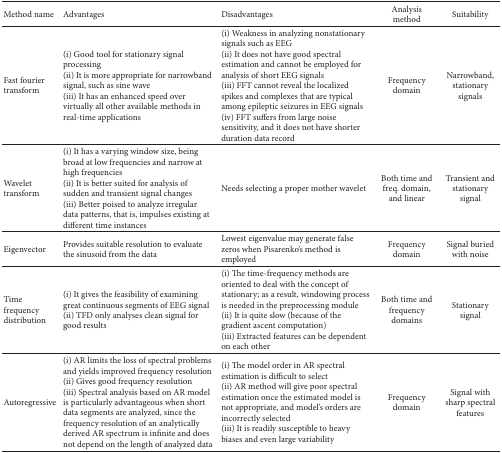
<table><thead><tr><td><b>Method name</b></td><td><b>Advantages</b></td><td><b>Disadvantages</b></td><td><b>Analysis method</b></td><td><b>Suitability</b></td></tr></thead><tbody><tr><td>Fast fourier transform</td><td>(i) Good tool for stationary signal processing(ii) It is more appropriate for narrowband signal, such as sine wave(iii) It has an enhanced speed over virtually all other available methods in real-time applications</td><td>(i) Weakness in analyzing nonstationary signals such as EEG(ii) It does not have good spectral estimation and cannot be employed for analysis of short EEG signals(iii) FFT cannot reveal the localized spikes and complexes that are typical among epileptic seizures in EEG signals(iv) FFT suffers from large noise sensitivity, and it does not have shorter duration data record</td><td>Frequency domain</td><td>Narrowband, stationary signals</td></tr><tr><td>Wavelet transform</td><td>(i) It has a varying window size, being broad at low frequencies and narrow at high frequencies (ii) It is better suited for analysis of sudden and transient signal changes(iii) Better poised to analyze irregular data patterns, that is, impulses existing at different time instances</td><td>Needs selecting a proper mother wavelet</td><td>Both time and freq. domain, and linear</td><td>Transient and stationary signal</td></tr><tr><td>Eigenvector</td><td>Provides suitable resolution to evaluate the sinusoid from the data</td><td>Lowest eigenvalue may generate false zeros when Pisarenko&#x27;s method is employed</td><td>Frequency domain</td><td>Signal buried with noise</td></tr><tr><td>Time frequency distribution</td><td>(i) It gives the feasibility of examining great continuous segments of EEG signal(ii) TFD only analyses clean signal for good results</td><td>(i) The time-frequency methods are oriented to deal with the concept of stationary; as a result, windowing process is needed in the preprocessing module (ii) It is quite slow (because of the gradient ascent computation)(iii) Extracted features can be dependent on each other</td><td>Both time and frequency domains</td><td>Stationary signal</td></tr><tr><td>Autoregressive</td><td>(i) AR limits the loss of spectral problems and yields improved frequency resolution(ii) Gives good frequency resolution(iii) Spectral analysis based on AR model is particularly advantageous when short data segments are analyzed, since the frequency resolution of an analytically derived AR spectrum is infinite and does not depend on the length of analyzed data</td><td>(i) The model order in AR spectral estimation is difficult to select(ii) AR method will give poor spectral estimation once the estimated model is not appropriate, and model&#x27;s orders are incorrectly selected(iii) It is readily susceptible to heavy biases and even large variability</td><td>Frequency domain</td><td>Signal with sharp spectral features</td></tr></tbody></table>